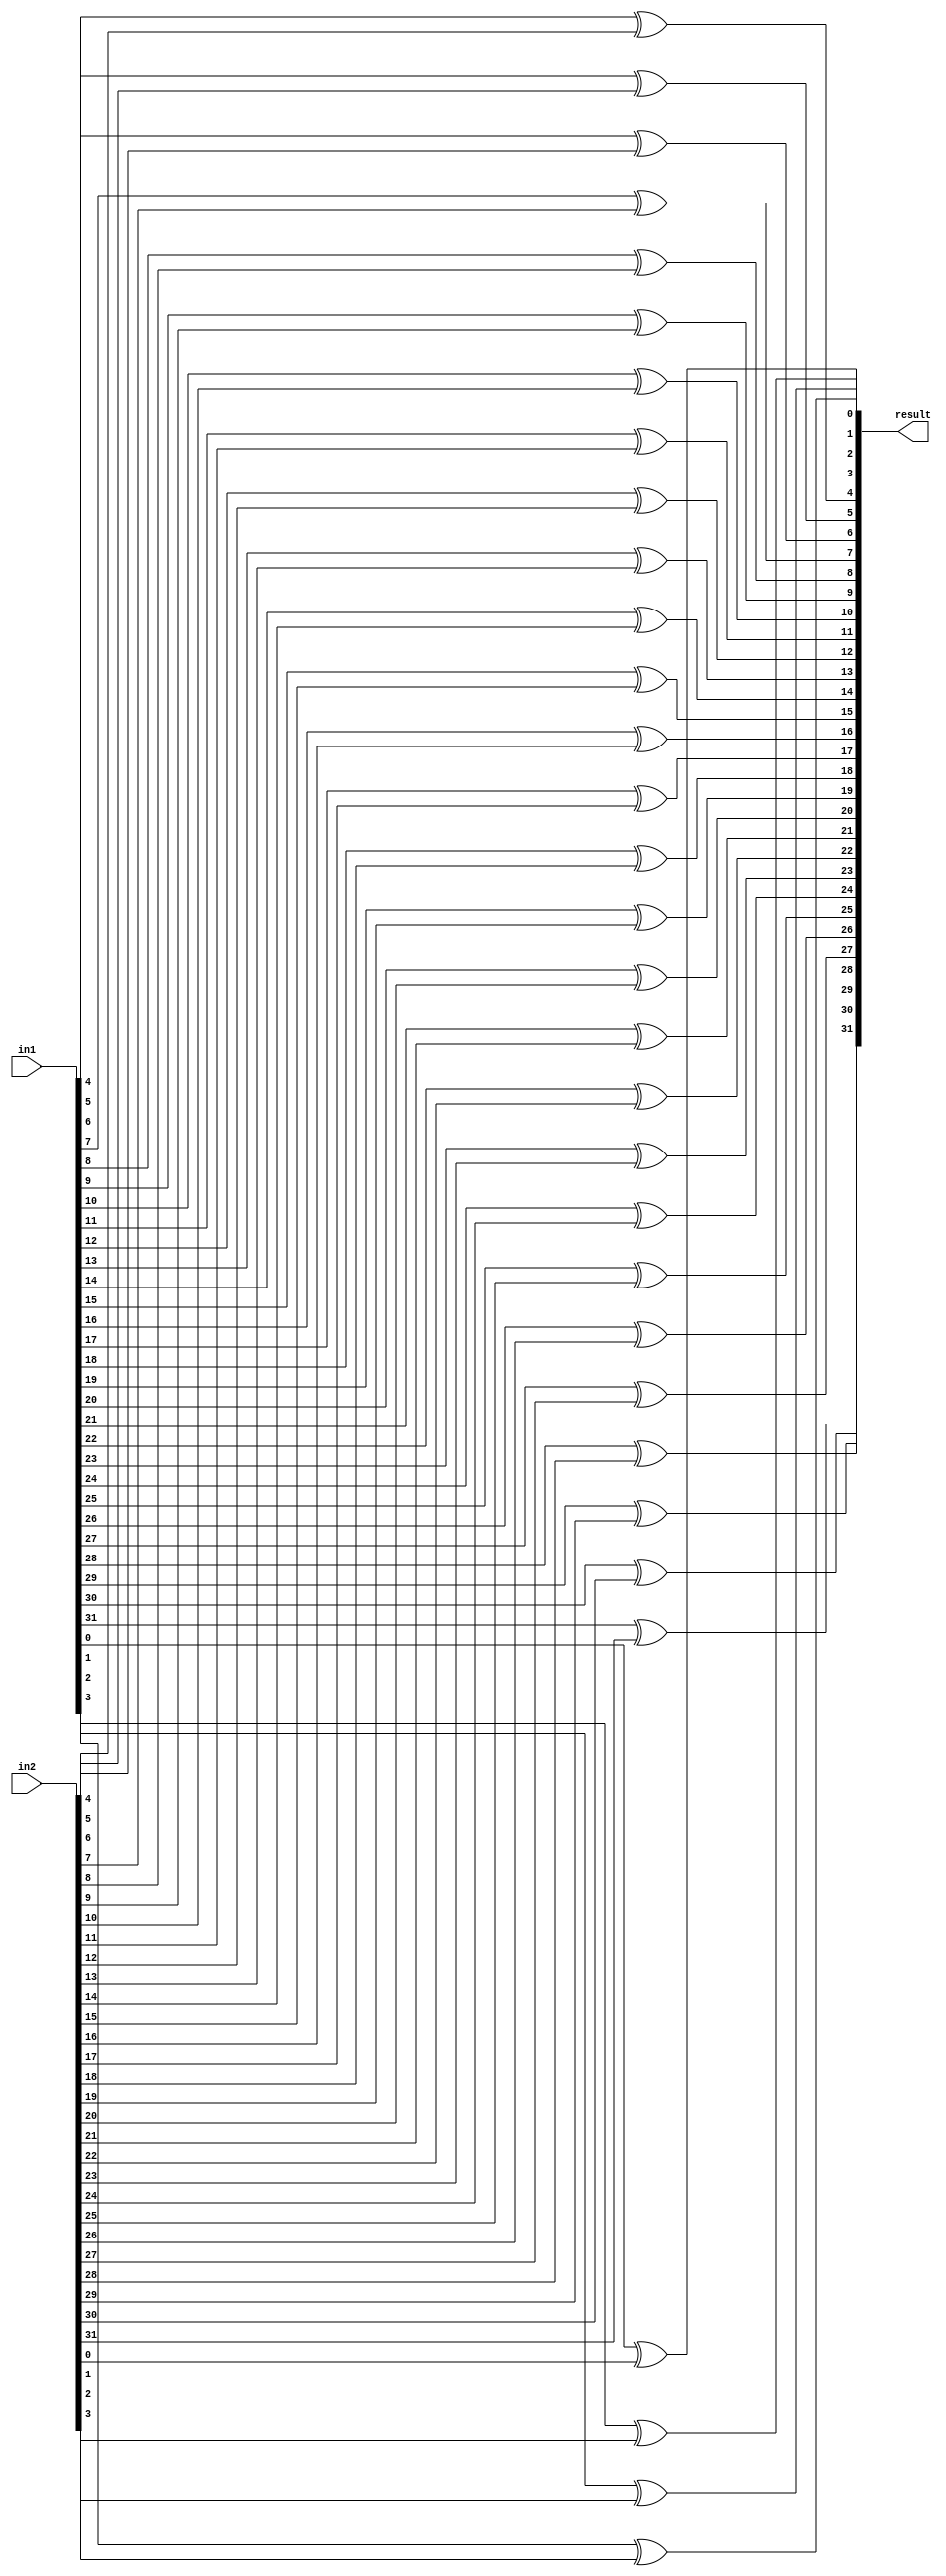
module xor32 (in1,in2,result);
	input [31:0] in1 , in2;
	output [31:0] result;


	xor(result[0],in1[0],in2[0]);
	xor(result[1],in1[1],in2[1]);
	xor(result[2],in1[2],in2[2]);
	xor(result[3],in1[3],in2[3]);
	xor(result[4],in1[4],in2[4]);
	xor(result[5],in1[5],in2[5]);
	xor(result[6],in1[6],in2[6]);
	xor(result[7],in1[7],in2[7]);
	xor(result[8],in1[8],in2[8]);
	xor(result[9],in1[9],in2[9]);
	xor(result[10],in1[10],in2[10]);
	xor(result[11],in1[11],in2[11]);
	xor(result[12],in1[12],in2[12]);
	xor(result[13],in1[13],in2[13]);
	xor(result[14],in1[14],in2[14]);
	xor(result[15],in1[15],in2[15]);
	xor(result[16],in1[16],in2[16]);
	xor(result[17],in1[17],in2[17]);
	xor(result[18],in1[18],in2[18]);
	xor(result[19],in1[19],in2[19]);
	xor(result[20],in1[20],in2[20]);
	xor(result[21],in1[21],in2[21]);
	xor(result[22],in1[22],in2[22]);
	xor(result[23],in1[23],in2[23]);
	xor(result[24],in1[24],in2[24]);
	xor(result[25],in1[25],in2[25]);
	xor(result[26],in1[26],in2[26]);
	xor(result[27],in1[27],in2[27]);
	xor(result[28],in1[28],in2[28]);
	xor(result[29],in1[29],in2[29]);
	xor(result[30],in1[30],in2[30]);
	xor(result[31],in1[31],in2[31]);
 

endmodule